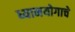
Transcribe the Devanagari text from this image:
ध्यानयोगाचे